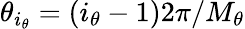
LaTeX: \theta_{i_{\theta}}=(i_{\theta}-1)2\pi/M_{\theta}